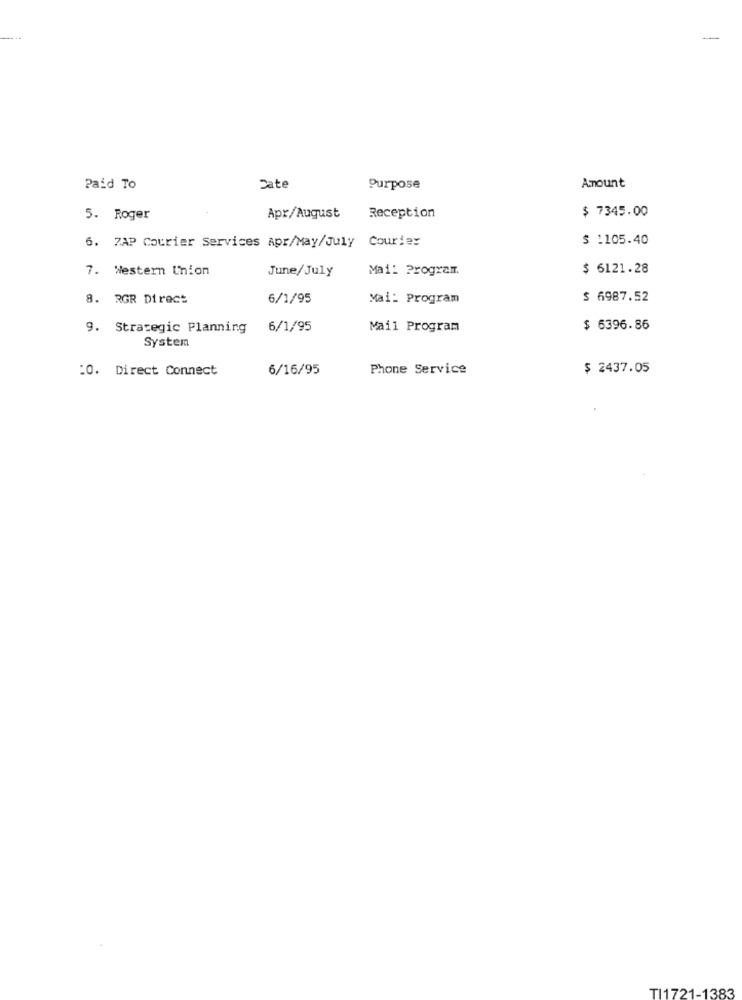
Paid To
Date
Purpose
Amount
5. Roger
Apr/August
Reception
$ 7345.00
$ :105.40
6. ZAP Courier Services Apr/May/July Courier
7. Western Union
June/July
Mail Program
$ 6121.28
8. RGR Direct
6/1/95
Mai: Program
$ 6987.52
9. Strategic Planning
6/1/95
Mail Program
$ 6396.86
System
:0. Direct Connect
6/16/95
Phone Service
$ 2437.05
TI1721-1383